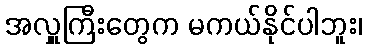
အလှူကြီးတွေက မကယ်နိုင်ပါဘူး၊